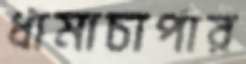
ধামাচাপার